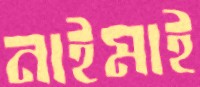
নাইমাই